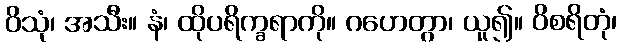
ဝိသုံ၊ အသီး။ နံ၊ ထိုပရိက္ခရာကို။ ဂဟေတွာ၊ ယူ၍။ ဝိစရိတုံ၊